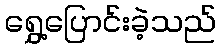
ရွှေ့ပြောင်းခဲ့သည်